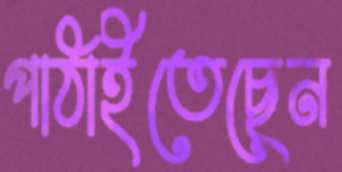
পাঠাইতেছেন